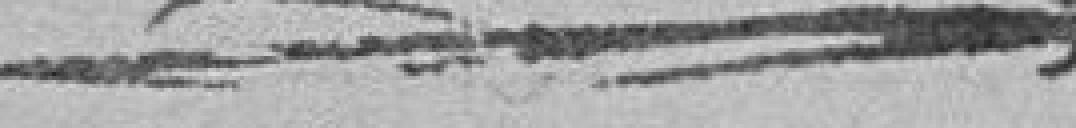
???